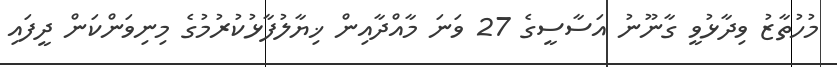
މުހުތާޒު ވިދާޅުވީ ގާނޫނު އަސާސީގެ 27 ވަނަ މާއްދާއިން ޚިޔާލުފާޅުކުރުމުގެ މިނިވަންކަން ދީފައި